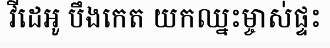
វីដេអូ បឹងកេត យកឈ្នះម្ចាស់ផ្ទះ